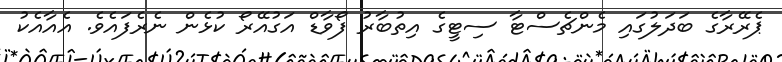
ޕެރޭރާގެ ބަދަލުގައި މެންޗެސްޓާ ސިޓީގެ އިތުބާރު ފޯވާޑް އަގުއޭރޯ ކުޅެން ނެރެފައެވެ. އެއާއެކު